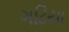
ગઢિયા